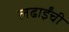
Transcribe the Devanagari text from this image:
लढाईंची